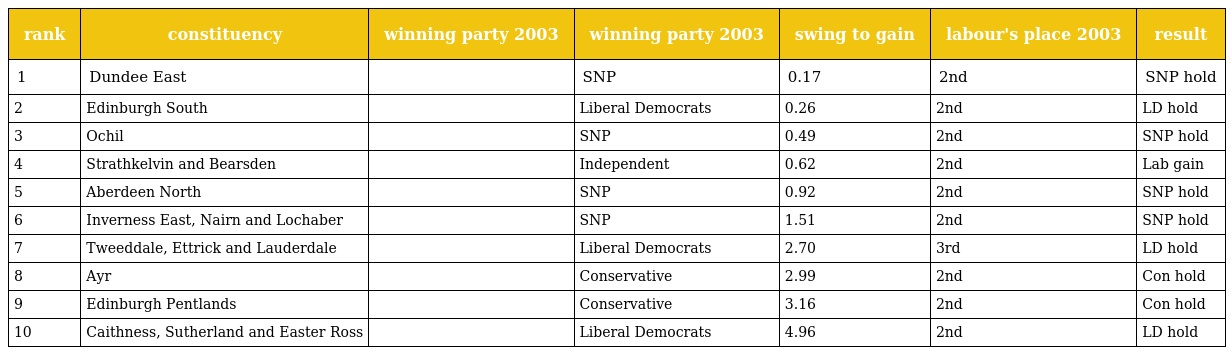
| rank | constituency | winning party 2003 | winning party 2003 | swing to gain | labour's place 2003 | result |
 | --- | --- | --- | --- | --- | --- | --- |
 | 1 | Dundee East |  | SNP | 0.17 | 2nd | SNP hold |
 | 2 | Edinburgh South |  | Liberal Democrats | 0.26 | 2nd | LD hold |
 | 3 | Ochil |  | SNP | 0.49 | 2nd | SNP hold |
 | 4 | Strathkelvin and Bearsden |  | Independent | 0.62 | 2nd | Lab gain |
 | 5 | Aberdeen North |  | SNP | 0.92 | 2nd | SNP hold |
 | 6 | Inverness East, Nairn and Lochaber |  | SNP | 1.51 | 2nd | SNP hold |
 | 7 | Tweeddale, Ettrick and Lauderdale |  | Liberal Democrats | 2.70 | 3rd | LD hold |
 | 8 | Ayr |  | Conservative | 2.99 | 2nd | Con hold |
 | 9 | Edinburgh Pentlands |  | Conservative | 3.16 | 2nd | Con hold |
 | 10 | Caithness, Sutherland and Easter Ross |  | Liberal Democrats | 4.96 | 2nd | LD hold |